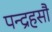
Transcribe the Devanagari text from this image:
पन्द्रहसौ